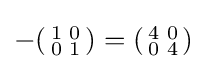
-\!\left({\begin{smallmatrix}1&0\\0&1\end{smallmatrix}}\right)=\left({\begin{smallmatrix}4&0\\0&4\end{smallmatrix}}\right)